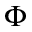
\Phi